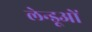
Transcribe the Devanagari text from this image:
लेन्डूओं